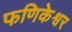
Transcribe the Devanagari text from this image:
फणिकेश्वर